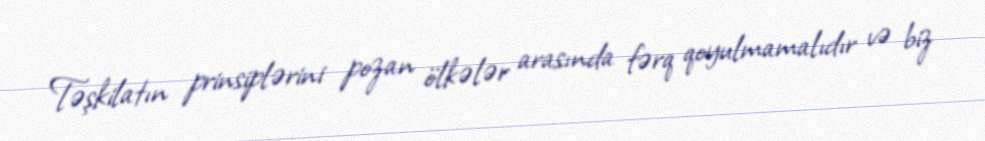
Təşkilatın prinsiplərini pozan ölkələr arasında fərq qoyulmamalıdır və biz